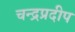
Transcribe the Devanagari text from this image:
चन्द्रप्रदीप